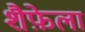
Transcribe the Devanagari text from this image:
शैफ़ेला